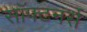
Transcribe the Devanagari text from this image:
सॉफ्टनर्स